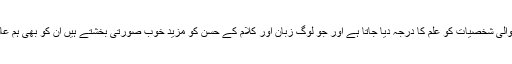
ایسے تحفہ دینے والی شخصیات کو علم کا درجہ دیا جاتا ہے اور جو لوگ زبان اور کلام کے حسن کو مزید خوب صورتی بخشتے ہیں ان کو بھی ہم عالم کہہ سکتے ہیں۔